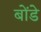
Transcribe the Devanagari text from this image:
बोंडे